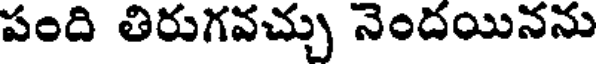
పంది తిరుగవచ్చు నెందయినను